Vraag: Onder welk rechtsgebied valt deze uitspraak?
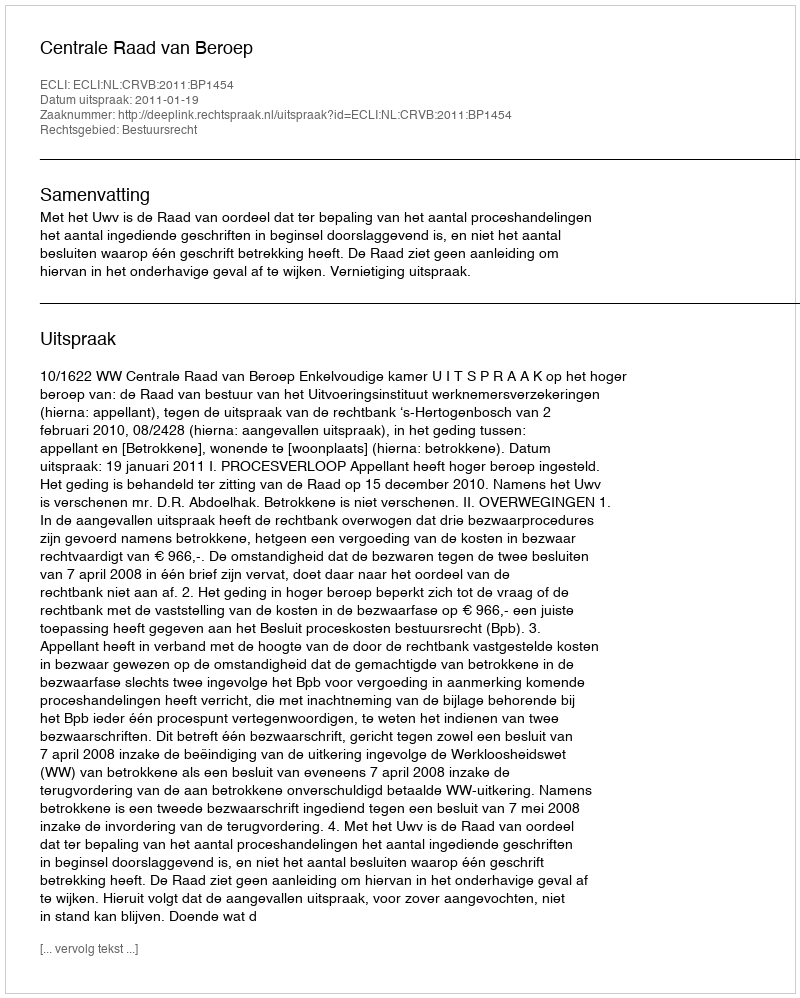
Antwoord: Bestuursrecht